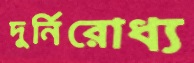
দুর্নিরোধ্য